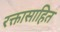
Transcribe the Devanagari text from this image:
रक्तासाहित